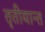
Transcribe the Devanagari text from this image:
तृतीयान्त